Report of the Municipal Commissioner on the plague in Bombay for the year ending 31st May... - Volume 1
Disease focus: Plague
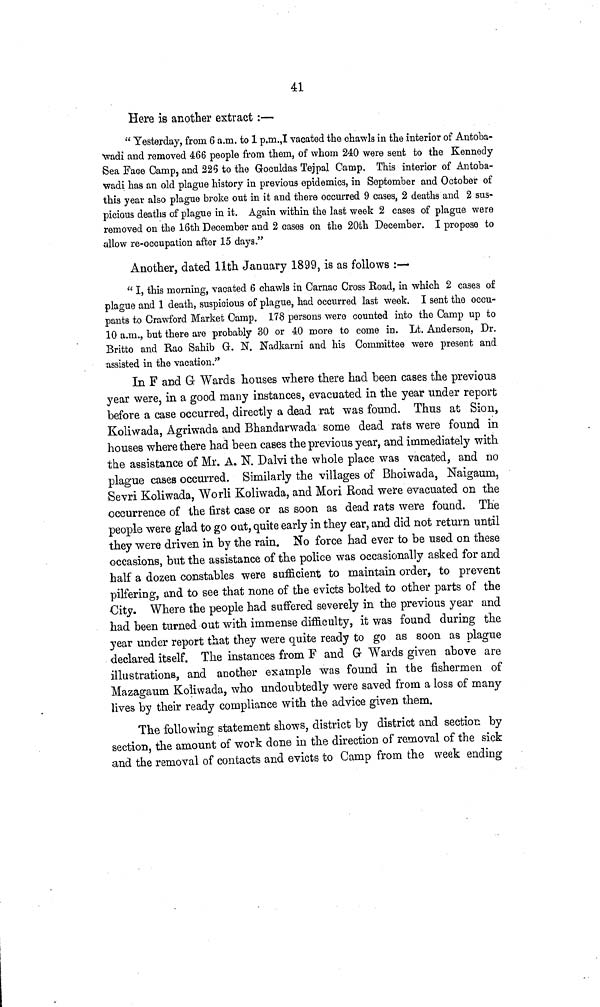
41
Here is another extract :—
" Yesterday, from 6 a.m. to 1 p.m.,I vacated the chawls in the interior of Antoba-
wadi and removed 466 people from them, of whom 240 were sent to the Kennedy
Sea Face Camp, and 226 to the Goouldas Tejpal Camp. This interior of Antoba-
wadi has an old plague history in previous epidemics, in September and October of
this year also plague broke out in it and there occurred 9 cases, 2 deaths and 2 sus-
picious deaths of plague in it. Again within the last week 2 cases of plague were
removed on the 16th December and 2 cases on the 20th December. I propose to
allow re-occupation after 15 days."
Another, dated 11th January 1899, is as follows :—
" I, this morning, vacated 6 chawls in Carnac Cross Road, in which 2 cases of
plague and 1 death, suspicious of plague, had occurred last week. I sent the occu-
pants to Crawford Market Camp. 178 persons were counted into the Camp up to
10 a.m., but there are probably 30 or 40 more to come in. Lt. Anderson, Dr.
Britto and Rao Sahib G. N. Nadkarni and his Committee were present and
assisted in the vacation."
In F and G Wards houses where there had been cases the previous
year were, in a good many instances, evacuated in the year under report
before a case occurred, directly a dead rat was found. Thus at Sion,
Koliwada, Agriwada and Bhandarwada some dead rats were found in
houses where there had been cases the previous year, and immediately with,
the assistance of Mr. A. N. Dalvi the whole place was vacated, and no
plague cases occurred. Similarly the villages of Bhoiwada, Naigauna,
Sevri Koliwada, Worli Koliwada, and Mori Road were evacuated on the
occurrence of the first case or as soon as dead rats were found. The
people were glad to go out, quite early in they ear, and did not return until
they were driven in by the rain. No force had ever to be used on these
occasions, but the assistance of the police was occasionally asked for and
half a dozen constables were sufficient to maintain order, to prevent
pilfering, and to see that none of the evicts bolted to other parts of the
City. Where the people had suffered severely in the previous year and
had been turned out with immense difficulty, it was found during the
year under report that they were quite ready to go as soon as plague
declared itself. The instances from F and G Wards given above are
illustrations, and another example was found in the fishermen of
Mazagaum Koliwada, who undoubtedly were saved from a loss of many
lives by their ready compliance with the advice given them.
The following statement shows, district by district and section by
section, the amount of work done in the direction of removal of the sick
and the removal of contacts and evicts to Camp from the week ending